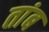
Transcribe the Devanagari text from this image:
तांब